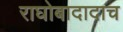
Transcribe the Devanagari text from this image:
राघोबादादाच